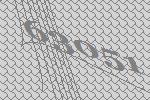
63051